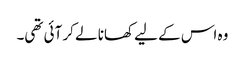
وہ اس کے لیے کھانا لے کر آئی تھی۔